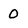
Character: 0